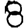
Digit: 8